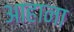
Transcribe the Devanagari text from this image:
आहाना